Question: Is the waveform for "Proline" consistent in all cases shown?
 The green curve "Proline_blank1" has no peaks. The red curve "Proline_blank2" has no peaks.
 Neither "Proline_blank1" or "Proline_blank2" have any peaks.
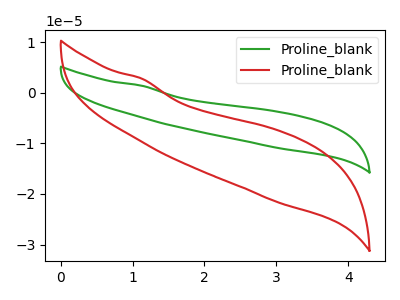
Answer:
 <answer>All the CV's of "Proline" have similar shape.</answer>
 <eval>follow_rule</eval>